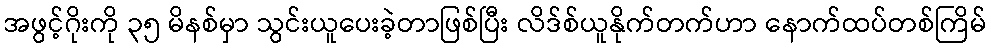
အဖွင့်ဂိုးကို ၃၅ မိနစ်မှာ သွင်းယူပေးခဲ့တာဖြစ်ပြီး လိဒ်စ်ယူနိုက်တက်ဟာ နောက်ထပ်တစ်ကြိမ်